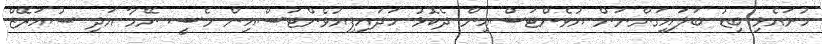
ހުށައެޅި ބިޑު ބަލައިގަންނަން ޔުވެންޓަސްއިން ދެކޮޅު ހަދައިފިޔުވެންޓަސްއިން މެސީ ނޭމާ އަދި ސުއަރޭޒް